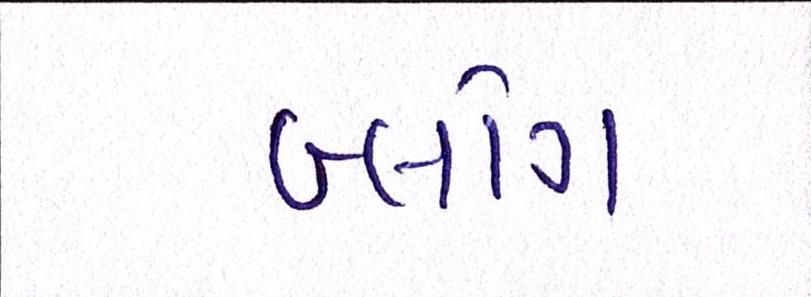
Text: બ્લોગ